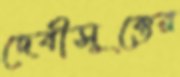
দেবীসূক্তের